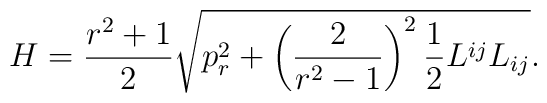
H=\frac{r^2+1}2\sqrt{p_r^2+\left( \frac 2{r^2-1}\right) ^2\frac12L^{ij}L_{ij}}.